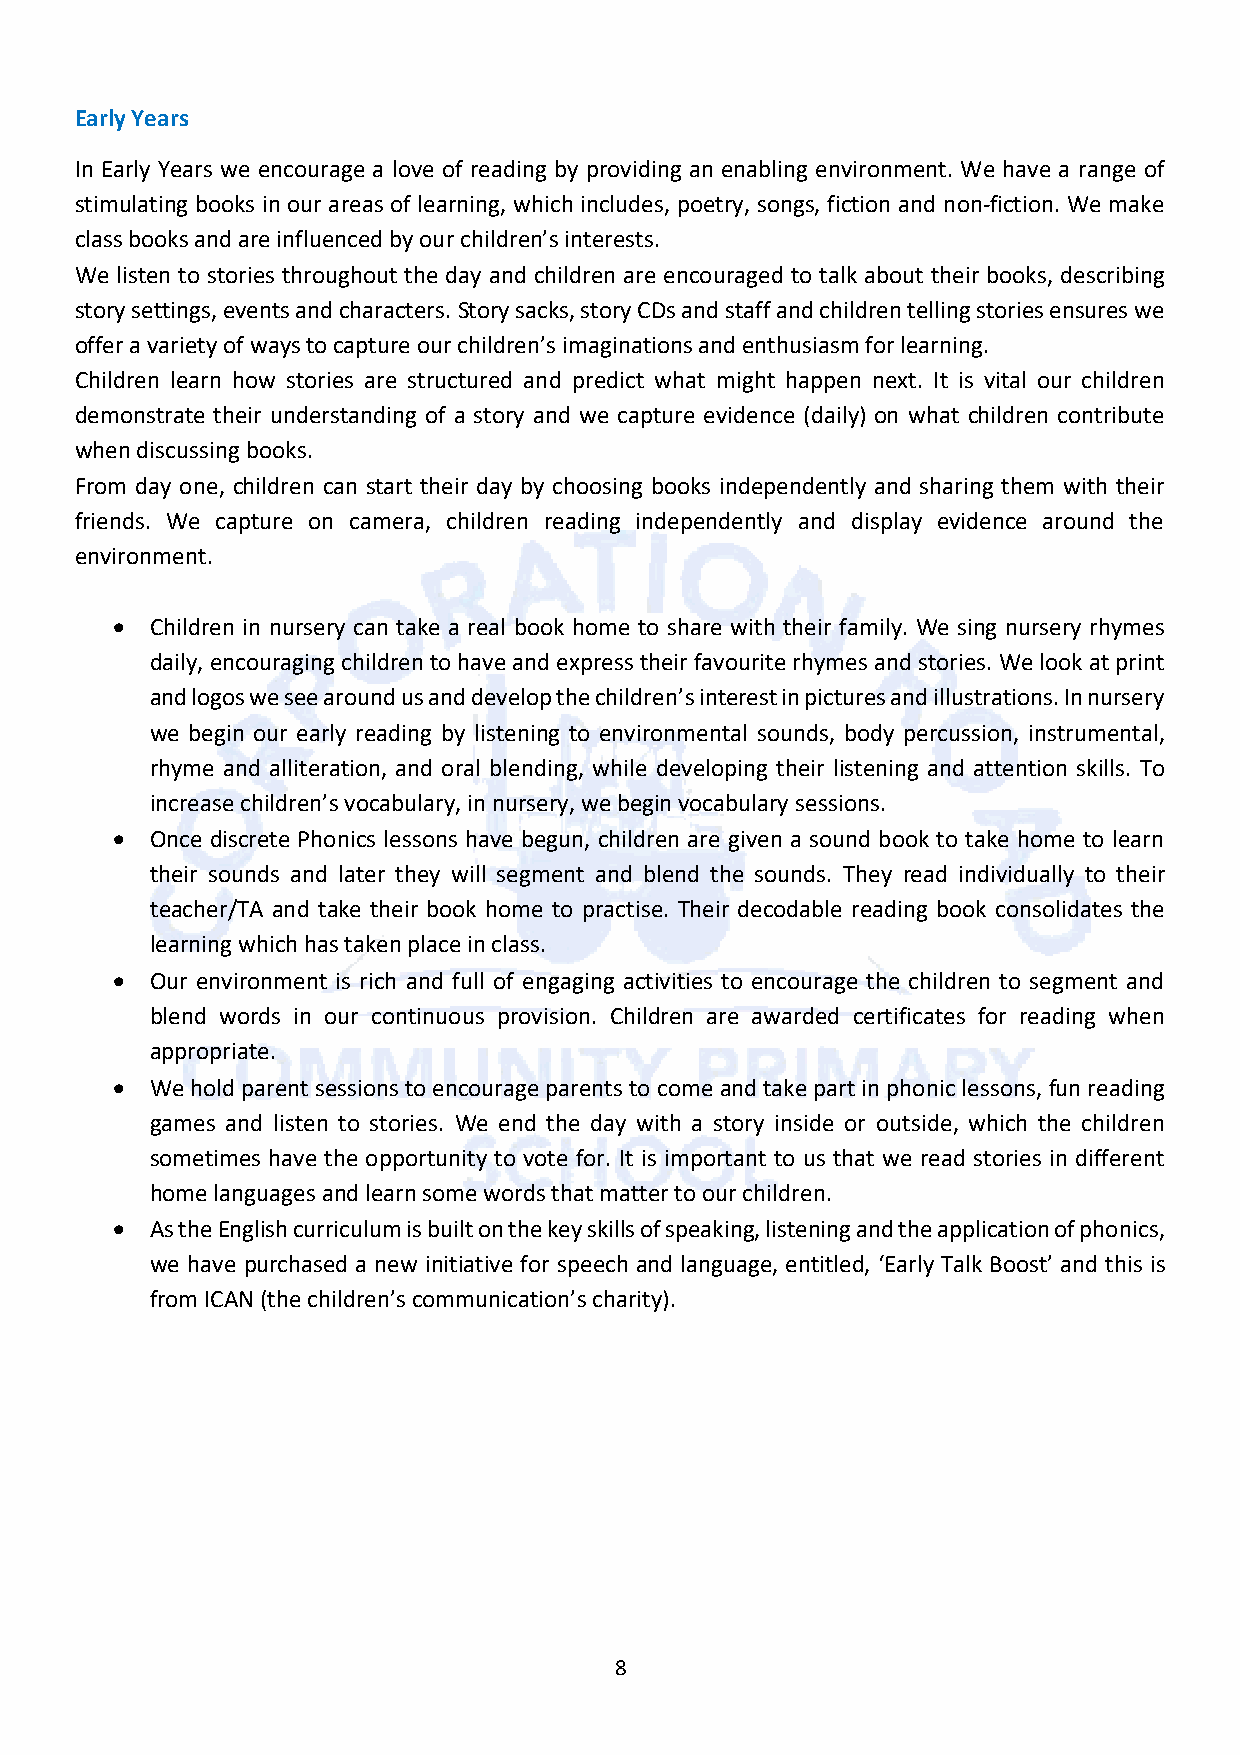
Early Years
 In Early Years we encourage a love of reading by providing an enabling environment. We have a range of
 stimulating books in our areas of learning, which includes, poetry, songs, fiction and non-fiction. We make
 class books and are influenced by our children’s interests.
 We listen to stories throughout the day and children are encouraged to talk about their books, describing
 story settings, events and characters. Story sacks, story CDs and staff and children telling stories ensures we
 offer a variety of ways to capture our children’s imaginations and enthusiasm for learning.
 Children learn how stories are structured and predict what might happen next. It is vital our children
 demonstrate their understanding of a story and we capture evidence (daily) on what children contribute
 when discussing books.
 From day one, children can start their day by choosing books independently and sharing them with their
 friends. We capture on camera, children reading independently and display evidence around the
 environment.
 •  Children in nursery can take a real book home to share with their family. We sing nursery rhymes
 daily, encouraging children to have and express their favourite rhymes and stories. We look at print
 and logos we see around us and develop the children’s interest in pictures and illustrations. In nursery
 we begin our early reading by listening to environmental sounds, body percussion, instrumental,
 rhyme and alliteration, and oral blending, while developing their listening and attention skills. To
 increase children’s vocabulary, in nursery, we begin vocabulary sessions.
 •  Once discrete Phonics lessons have begun, children are given a sound book to take home to learn
 their sounds and later they will segment and blend the sounds. They read individually to their
 teacher/TA and take their book home to practise. Their decodable reading book consolidates the
 learning which has taken place in class.
 •  Our environment is rich and full of engaging activities to encourage the children to segment and
 blend words in our continuous provision. Children are awarded certificates for reading when
 appropriate.
 •  We hold parent sessions to encourage parents to come and take part in phonic lessons, fun reading
 games and listen to stories. We end the day with a story inside or outside, which the children
 sometimes have the opportunity to vote for. It is important to us that we read stories in different
 home languages and learn some words that matter to our children.
 •  As the English curriculum is built on the key skills of speaking, listening and the application of phonics,
 we have purchased a new initiative for speech and language, entitled, ‘Early Talk Boost’ and this is
 from ICAN (the children’s communication’s charity).
 8